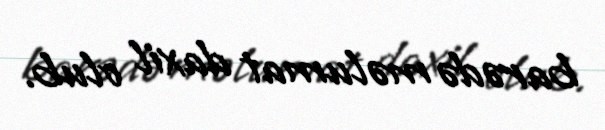
barədə məlumat daxil olub.